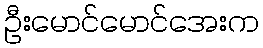
ဦးမောင်မောင်အေးက